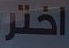
اختر